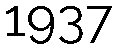
1937